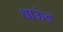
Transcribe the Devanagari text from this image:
चाऊंड